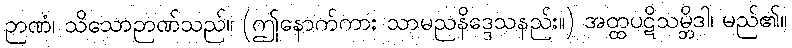
ဉာဏံ၊ သိသောဉာဏ်သည်။ (ဤနောက်ကား သာမညနိဒ္ဒေသနည်း။) အတ္ထပဋိသမ္ဘိဒါ၊ မည်၏။